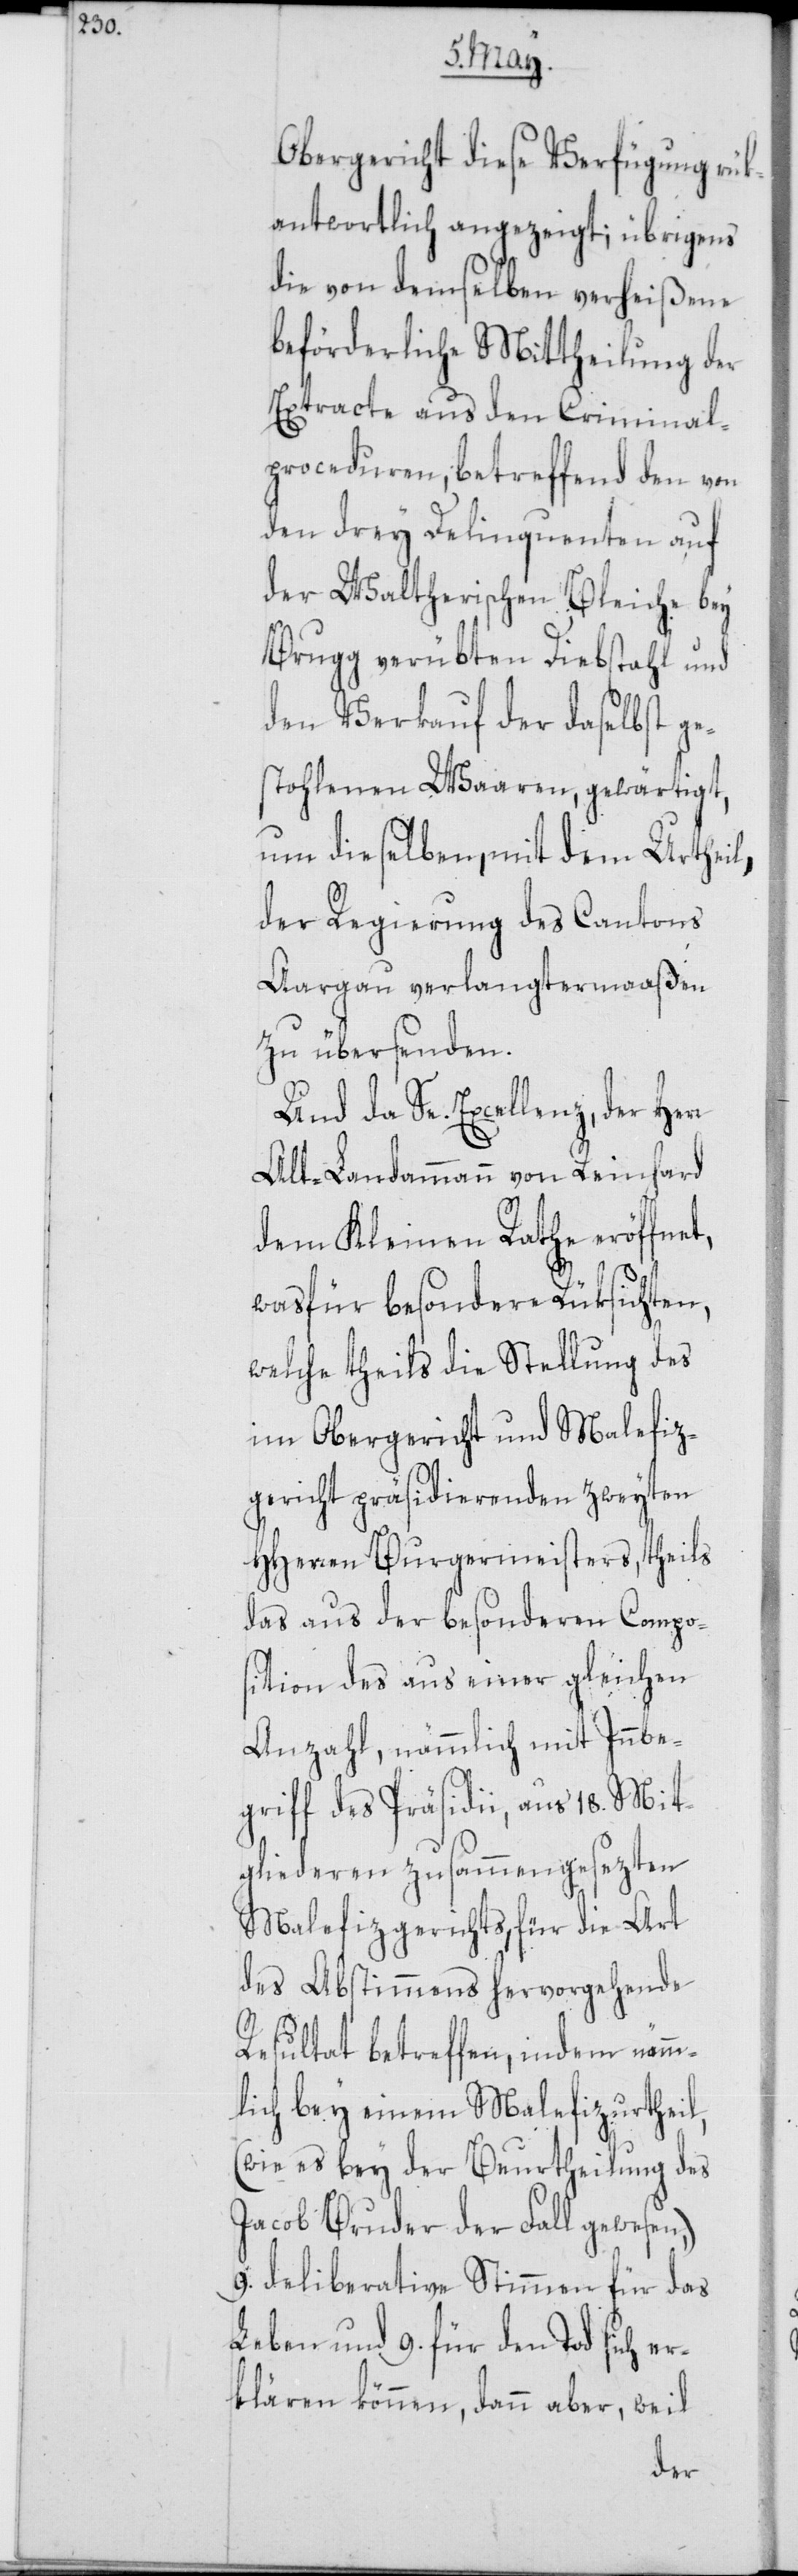
Obergericht diese Verfügung rük¬
antwortlich angezeigt; übrigens
die von demselben verheißene
beförderliche Mittheilung der
Extracte aus den Criminal¬
proceduren, betreffend den von
den drey Delinquenten auf
der Waltherischen Bleiche bey
Brugg verübten Diebstahl und
den Verkauf der daselbst ge¬
stohlenen Waaren, gewärtigt,
um dieselben, mit dem Urtheil,
der Regierung des Cantons
Aargau verlangtermaaßen
zu übersenden.
Und da Se. Excellenz, der Herr
Alt-Landammann von Reinhard
dem Kleinen Rathe eröffnet,
was für besondere Rüksichten,
welche theils die Stellung des
im Obergericht und Malefiz¬
gericht präsidierenden zweyten
HHerren Burgermeisters, theils
das aus der besonderen Compos¬
ition des aus einer gleichen
Anzahl, nämmlich mit Innbe¬
griff des Präsidii, aus 18. Mit¬
gliederen zusammengesezten
Malefizgerichts, für die Art
des Abstimmens hervorgehende
Resultat betreffen, indem nämm¬
lich bey einem Malefizurtheil,
(wie es bey der Beurtheilung des
Jacob Bruder der Fall gewesen,)
9. deliberative Stimmen für das
Leben und 9. für den Tod sich er¬
klären können, dann aber, weil